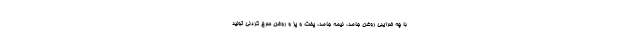
با چه ضرایبی روغن جامد، نیمه جامد، پخت و پز و روغن سرخ کردنی تولید